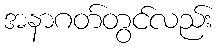
အနာဂတ်တွင်လည်း